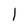
Character: 1